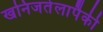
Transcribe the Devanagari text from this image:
खनिजतेलापैकी